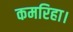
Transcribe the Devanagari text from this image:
कमरिहा।